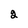
Character: 2